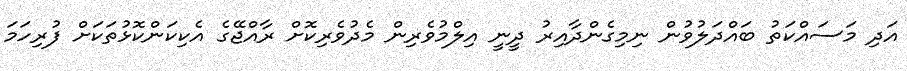
އަދި މަސައްކަތު ބައްދަލުވުން ނިމިގެންދާއިރު ދީނީ އިލްމުވެރިން މެދުވެރިކޮށް ރާއްޖޭގެ އެކިކަންކޮޅުތަކަށް ފުރިހަމަ